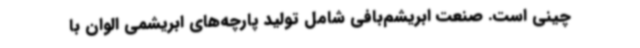
چینی است. صنعت ابریشم‌بافی شامل تولید پارچه‌های ابریشمی الوان با